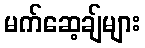
မက်ဆေ့ချ်များ